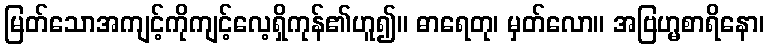
မြတ်သောအကျင့်ကိုကျင့်လေ့ရှိကုန်၏ဟူ၍။ ဓာရေတု၊ မှတ်လော။ အဗြဟ္မစာရိနော၊